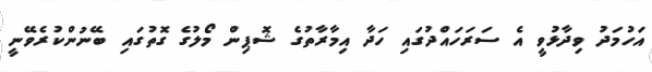
އަހުމަދު ވިދާޅުވީ އެ ސަރަހައްދުގައި ހަދާ އިމާރާތުގެ ޝޮޕިން މޯލުގެ ގޮތުގައި ބޭނުންކުރެވޭނީ